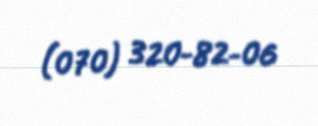
(070) 320-82-06